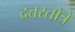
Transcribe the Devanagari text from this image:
दत्तस्तोत्रे